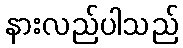
နားလည်ပါသည်